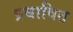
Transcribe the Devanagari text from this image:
प्रबावित